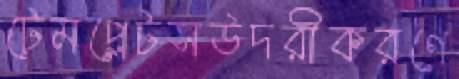
টেমপ্লেটসউদরীকরণে